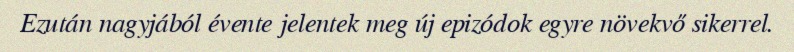
Ezután nagyjából évente jelentek meg új epizódok egyre növekvő sikerrel.